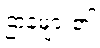
ဌာနများ၏